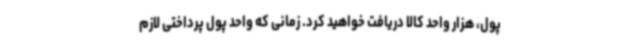
پول، هزار واحد کالا دریافت خواهید کرد. زمانی که واحد پول پرداختی لازم